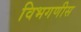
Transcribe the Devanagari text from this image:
विभगणीस